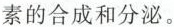
素的合成和分泌。